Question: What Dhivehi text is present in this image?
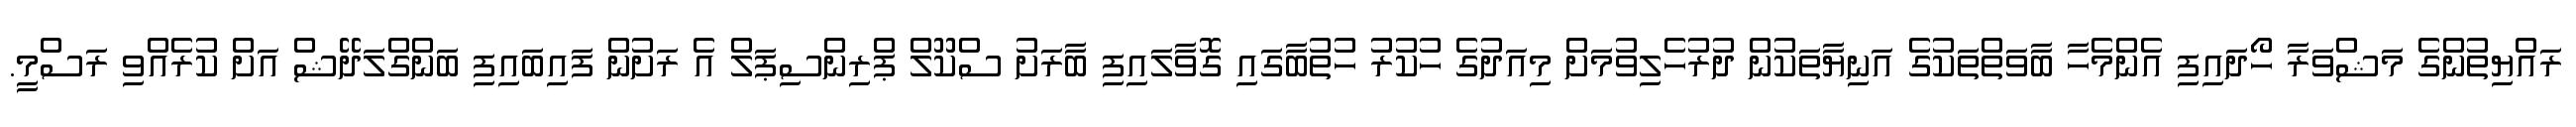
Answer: ރައްޔިތުންގެ މަޝްވަރާ ހޯދައިފި އެންމެހާ ބާވަތްތަކުގެ އަނިޔާތަކުން ދުރުހެލިވުމަށް މިއަދުގެ ހުކުރު ހުތުބާގައި ގޮވާލައިފި ބާރަށު ސްކޫލް ޕްރިންސިޕަލް އެ ރަށުން ފައިބައިފި ބަންގްލަދޭޝް އަށް ކުރެއްވި ރަސްމީ.